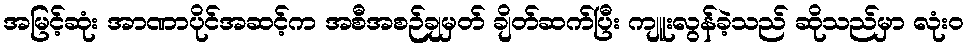
အမြင့်ဆုံး အာဏာပိုင်အဆင့်က အစီအစဉ်ချမှတ် ချိတ်ဆက်ပြီး ကျူးလွန်ခဲ့သည် ဆိုသည်မှာ လုံးဝ